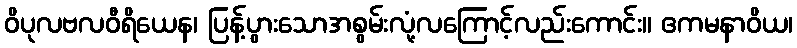
ဝိပုလဗလဝီရိယေန၊ ပြန့်ပွားသောအစွမ်းလုံ့လကြောင့်လည်းကောင်း။ ဧကမနာဝိယ၊